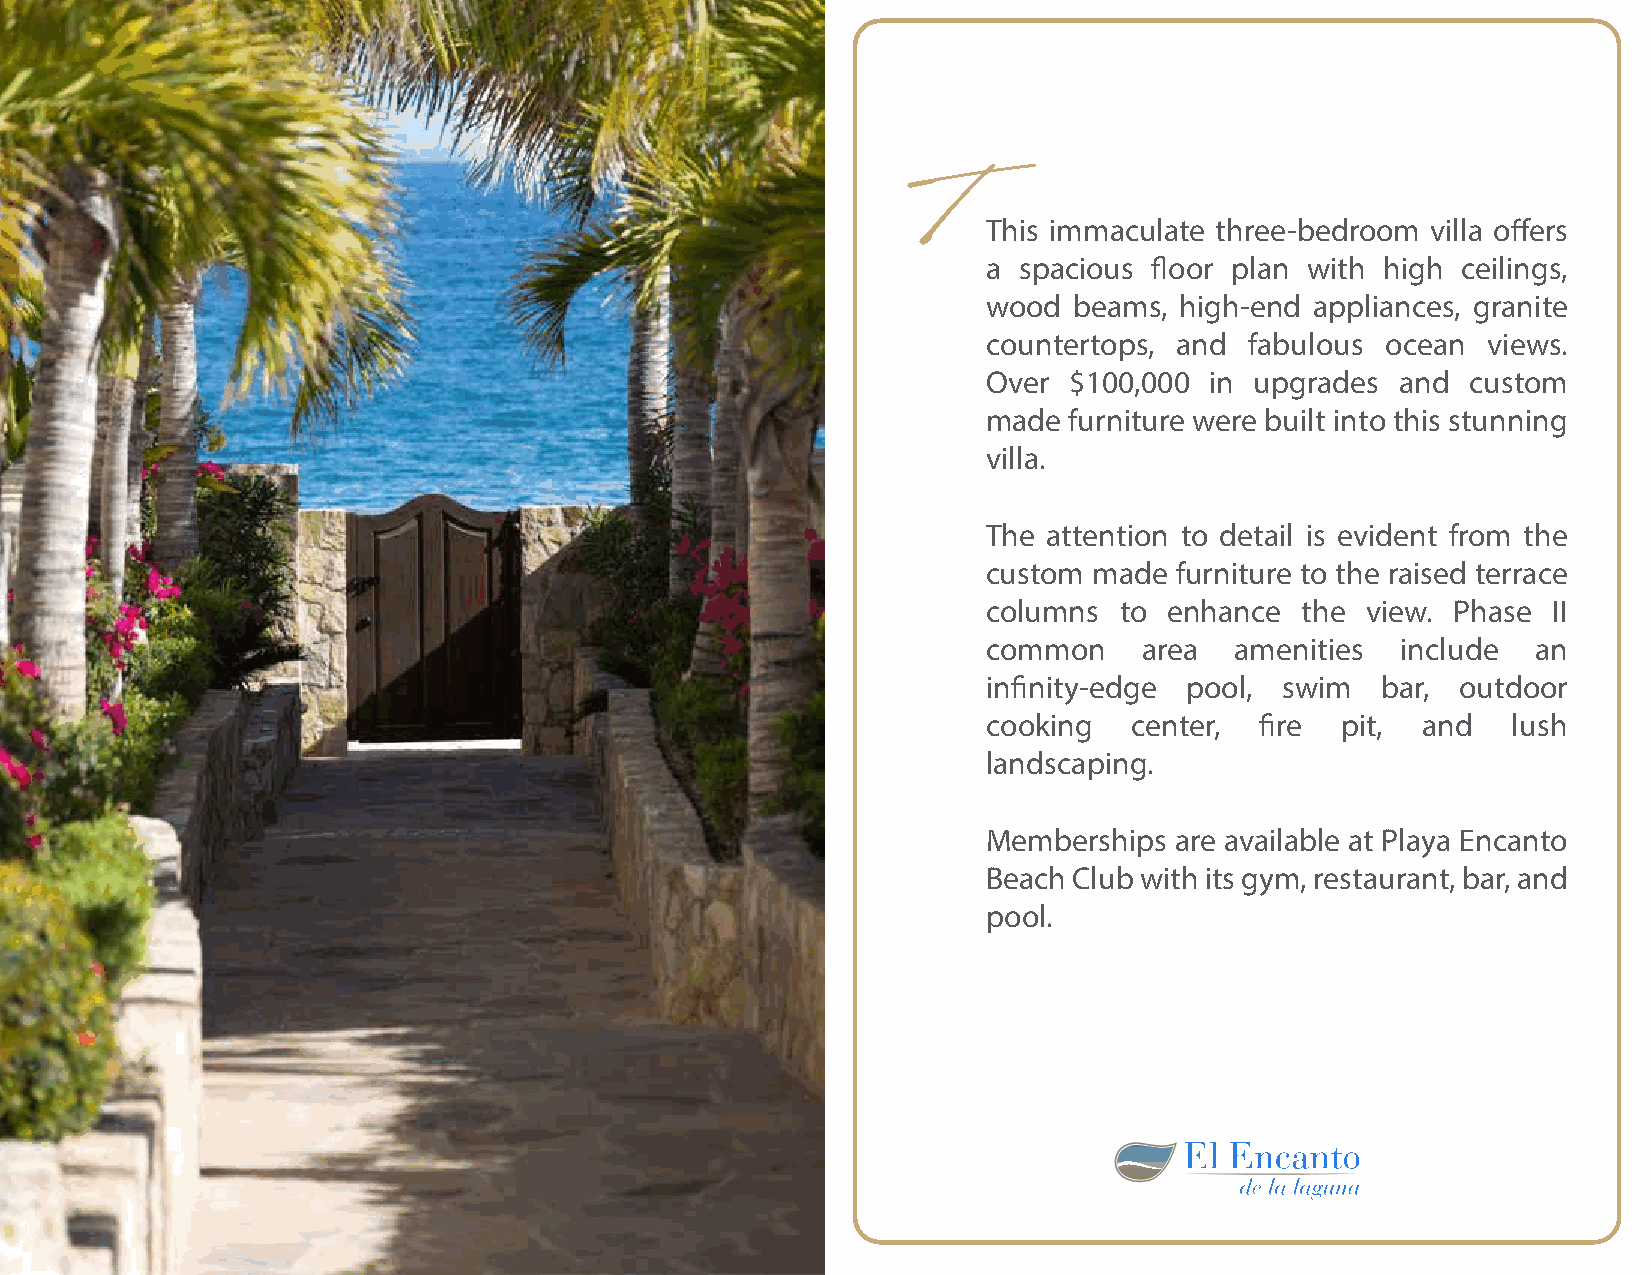
T
 This immaculate three-bedroom villa offers
 a spacious floor plan with high ceilings,
 wood  beams, high-end appliances, granite
 countertops, and  fabulous ocean views.
 Over  $100,000 in upgrades  and custom
 made  furniture were built into this stunning
 villa.
 The attention to detail is evident from the
 custom made  furniture to the raised terrace
 columns  to enhance  the view. Phase  II
 common     area  amenities  include  an
 infinity-edge pool, swim  bar,  outdoor
 cooking   center, fire  pit, and   lush
 landscaping.
 Memberships  are available at Playa Encanto
 Beach Club with its gym, restaurant, bar, and
 pool.